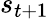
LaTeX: s_{t+1}